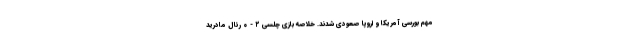
مهم بورسی آمریکا و اروپا صعودی شدند. خلاصه بازی چلسی ۲ - ۰ رئال مادرید